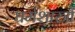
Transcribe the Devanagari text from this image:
धर्मशास्त्रौं